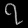
Digit: ၇